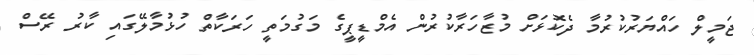
ޖަމީލް ހައްޔަރުކުރުމާ ދެކޮޅަށް މުޒާހަރާކުރުން އެމްޑީޕީގެ މަގުމަތީ ހަރަކާތް ހުޅުމާލޭގައި ކާރު ރޭސް